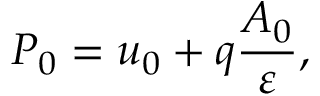
P _ { 0 } = u _ { 0 } + q \frac { A _ { 0 } } { \varepsilon } ,